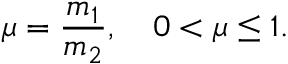
\mu = \frac { m _ { 1 } } { m _ { 2 } } , \quad 0 < \mu \leq 1 .